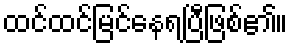
ထင်ထင်မြင်နေရပြီဖြစ်၏။